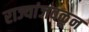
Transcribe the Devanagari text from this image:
राज्यांजवळून